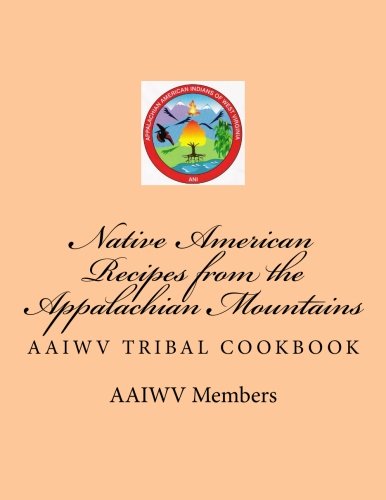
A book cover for Native American Recipes from the Appalachian Mountains: AAIWV Tribal Cookbook; Tribal Members; Cookbooks, Food & Wine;